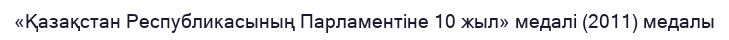
«Қазақстан Республикасының Парламентіне 10 жыл» медалі (2011) медалы